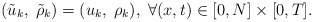
\begin{align*}(\tilde{u}_k,\;\tilde{\rho}_k)=(u_k,\;\rho_k),\;\forall (x,t)\in[0,N]\times[0,T]. \end{align*}